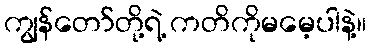
ကျွန်တော်တို့ရဲ့ ကတိကိုမမေ့ပါနဲ့။